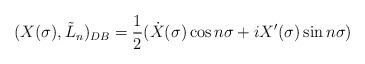
LaTeX: \begin{align*} (X(\sigma),\tilde{L}_n)_{DB}=\frac{1}{2}(\dot{X}(\sigma)\cos n\sigma +iX'(\sigma)\sin n\sigma)\end{align*}